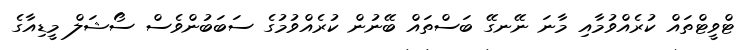
ޓްވީޓްތައް ކުރެއްވުމާއި މާނަ ނޭނގޭ ބަސްތައް ބޭނުން ކުރެއްވުމުގެ ސަބަބުންވެސް ސޯޝަލް މީޑިއާގެ